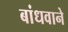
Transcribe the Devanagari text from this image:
बांधवाने